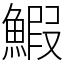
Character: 鰕